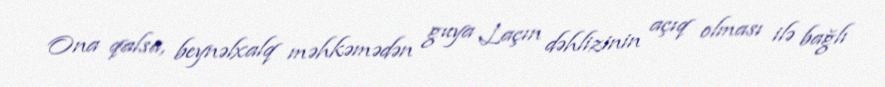
Ona qalsa, beynəlxalq məhkəmədən guya Laçın dəhlizinin açıq olması ilə bağlı